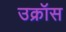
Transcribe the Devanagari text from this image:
उक्रॉस